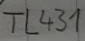
Text: TL431